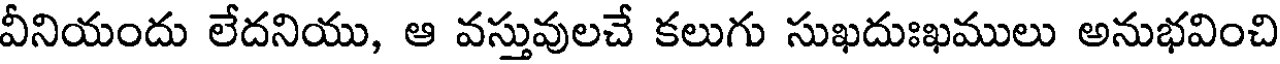
వీనియందు లేదనియు, ఆ వస్తువులచే కలుగు సుఖదుఃఖములు అనుభవించి